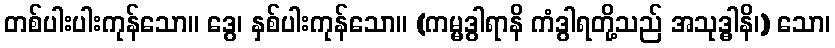
တစ်ပါးပါးကုန်သော။ ဒွေ၊ နှစ်ပါးကုန်သော။ (ကမ္မဒွါရာနိ ကံဒွါရတို့သည် အသုဒ္ဓါနိ၊) သော၊